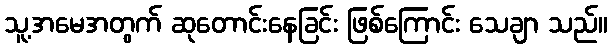
သူ့အမေအတွက် ဆုတောင်းနေခြင်း ဖြစ်ကြောင်း သေချာ သည်။